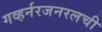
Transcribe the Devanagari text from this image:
गव्हर्नरजनरलची